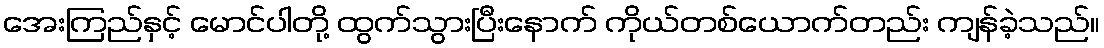
အေးကြည်နှင့် မောင်ပါတို့ ထွက်သွားပြီးနောက် ကိုယ်တစ်ယောက်တည်း ကျန်ခဲ့သည်။